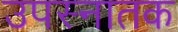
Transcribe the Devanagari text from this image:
उपस्नातक